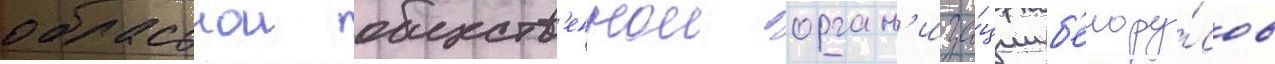
областнои обществ'еннои орган'иза́ции б'елору́сов